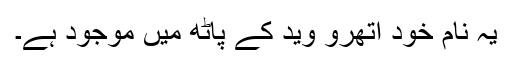
یہ نام خود اتھرو وید کے پاٹھ میں موجود ہے۔